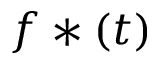
f * ( t )